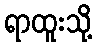
ရာထူးသို့